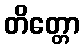
တိတ္တော